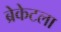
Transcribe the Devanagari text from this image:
ब्रेकेटला